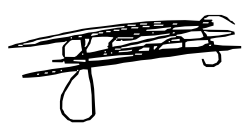
Text: gens
Cross-out: scratch
Writing tool: digital_black